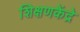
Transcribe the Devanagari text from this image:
शिक्षणकेंद्रे